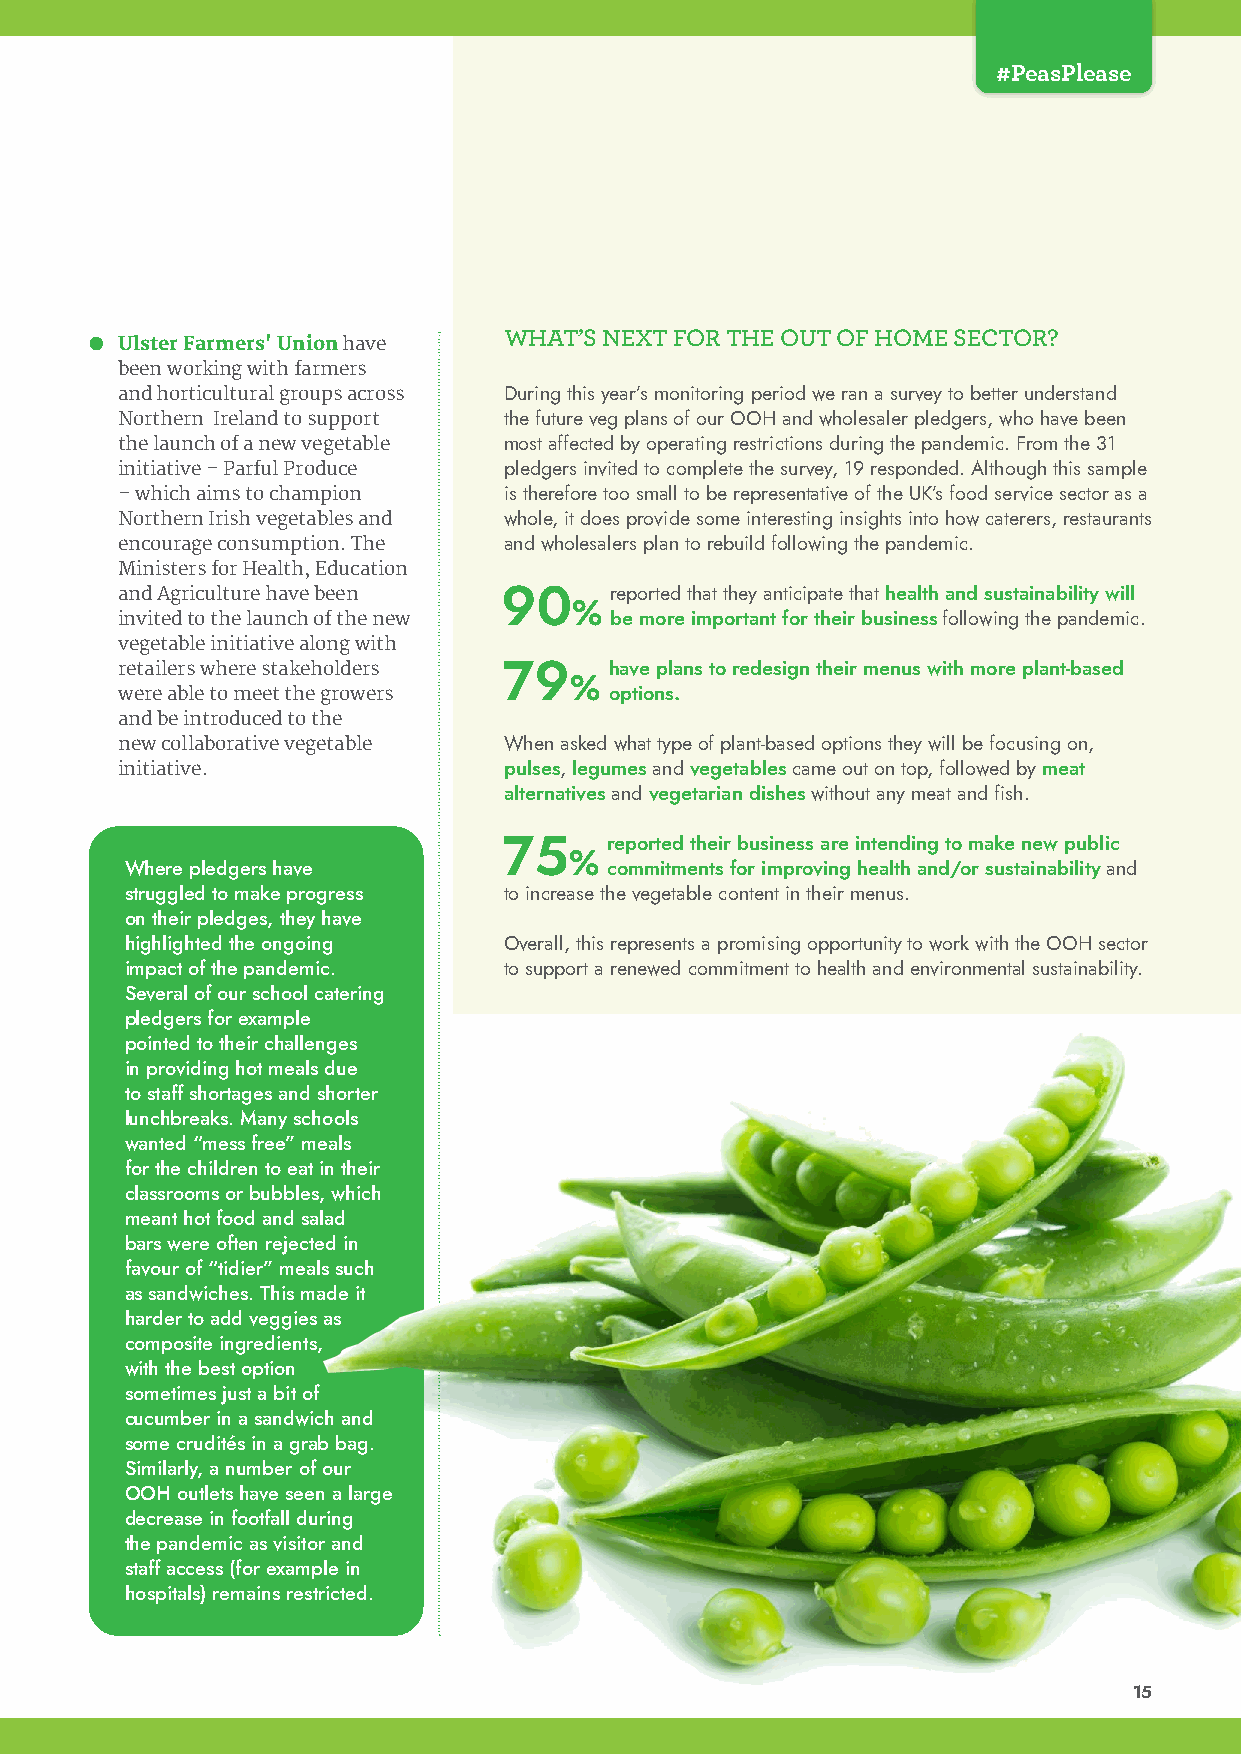
#PeasPlease
 ● Ulster Farmers' Union have WHAT’S NEXT FOR THE OUT OF HOME SECTOR?
 been working with farmers
 and horticultural groups across During this year’s monitoring period we ran a survey to better understand
 Northern Ireland to support the future veg plans of our OOH and wholesaler pledgers, who have been
 the launch of a new vegetable most affected by operating restrictions during the pandemic. From the 31
 initiative – Parful Produce pledgers invited to complete the survey, 19 responded. Although this sample
 – which aims to champion is therefore too small to be representative of the UK’s food service sector as a
 Northern Irish vegetables and whole, it does provide some interesting insights into how caterers, restaurants
 encourage consumption. The and wholesalers plan to rebuild following the pandemic.
 Ministers for Health, Education
 and Agriculture have been 90    reported that they anticipate that health and sustainability will
 %
 invited to the launch of the new be more important for their business following the pandemic.
 vegetable initiative along with
 retailers where stakeholders 79 have plans to redesign their menus with more plant-based
 %
 were able to meet the growers   options.
 and be introduced to the
 new collaborative vegetable When asked what type of plant-based options they will be focusing on,
 initiative.              pulses, legumes and vegetables came out on top, followed by meat
 alternatives and vegetarian dishes without any meat and fish.
 75     reported their business are intending to make new public
 %
 Where pledgers have             commitments for improving health and/or sustainability and
 struggled to make progress to increase the vegetable content in their menus.
 on their pledges, they have
 highlighted the ongoing  Overall, this represents a promising opportunity to work with the OOH sector
 impact of the pandemic.  to support a renewed commitment to health and environmental sustainability.
 Several of our school catering
 pledgers for example
 pointed to their challenges
 in providing hot meals due
 to staff shortages and shorter
 lunchbreaks. Many schools
 wanted “mess free” meals
 for the children to eat in their
 classrooms or bubbles, which
 meant hot food and salad
 bars were often rejected in
 favour of “tidier” meals such
 as sandwiches. This made it
 harder to add veggies as
 composite ingredients,
 with the best option
 sometimes just a bit of
 cucumber in a sandwich and
 some crudités in a grab bag.
 Similarly, a number of our
 OOH outlets have seen a large
 decrease in footfall during
 the pandemic as visitor and
 staff access (for example in
 hospitals) remains restricted.
 15